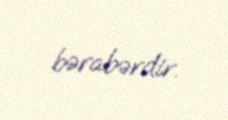
bərabərdir.